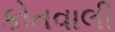
કોતવાલી